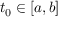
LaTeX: t _ { 0 } \in [ a , b ]